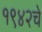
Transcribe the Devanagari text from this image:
१९४२चे